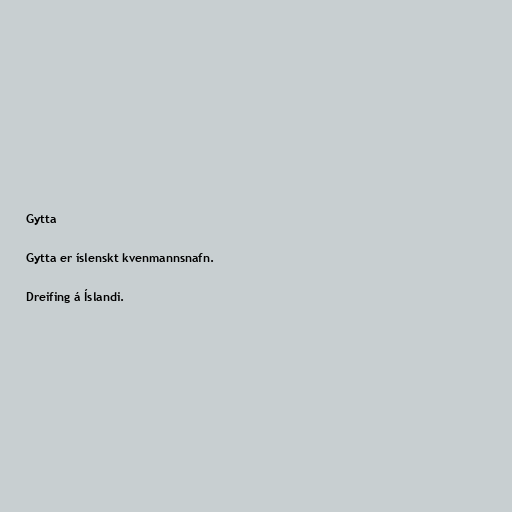
Gytta

Gytta er íslenskt kvenmannsnafn.

Dreifing á Íslandi.